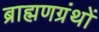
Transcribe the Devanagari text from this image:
ब्राह्मणग्रंथों